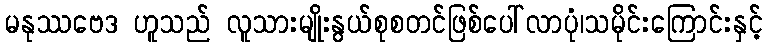
မနုဿဗေဒ ဟူသည် လူသားမျိုးနွယ်စုစတင်ဖြစ်ပေါ်လာပုံ၊သမိုင်းကြောင်းနှင့်